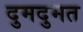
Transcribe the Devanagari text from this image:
दुमदुमत